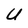
Character: U